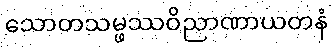
သောတသမ္ဖဿဝိညာဏာယတနံ